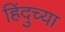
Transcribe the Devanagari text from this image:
हिंदुच्या